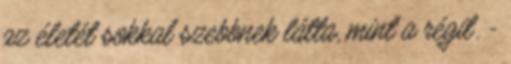
az életét sokkal szebbnek látta, mint a régit. -